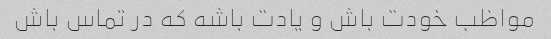
مواظب خودت باش و یادت باشه که در تماس باش